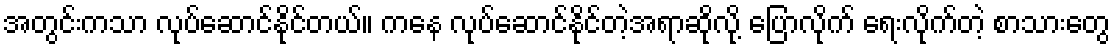
အတွင်းကသာ လုပ်ဆောင်နိုင်တယ်။ ကနေ လုပ်ဆောင်နိုင်တဲ့အရာဆိုလို့ ပြောလိုက် ရေးလိုက်တဲ့ စာသားတွေ